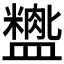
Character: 𬐺